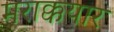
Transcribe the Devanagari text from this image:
मराक्कयार